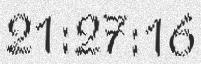
21:27:16